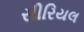
સીરિયલ